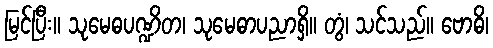
မြင်ပြီး။ သုမေဓပဏ္ဍိတ၊ သုမေဓာပညာရှိ။ တွံ၊ သင်သည်။ ဗောဓိ၊